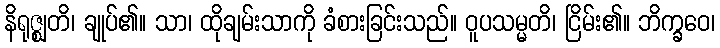
နိရုဇ္ဈတိ၊ ချုပ်၏။ သာ၊ ထိုချမ်းသာကို ခံစားခြင်းသည်။ ဝူပသမ္မတိ၊ ငြိမ်း၏။ ဘိက္ခဝေ၊